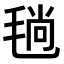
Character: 𣮜